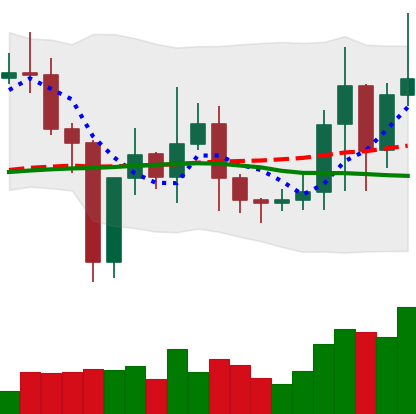
Ticker: TRX-USD
Chart end date: 2021-01-07
Forward return: -8.079%
Label: down_7plus